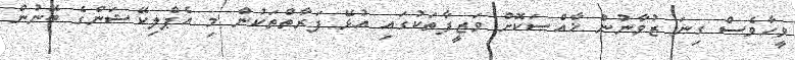
ވީހާވެސް ގިނަ ޒުވާނުން ޚާއްޞަކޮށް ވަޒީފާތަކުގައި އުޅޭ ފަރާތްތަކުން މި އެޕްލިކޭޝަންގެ ބޭނުން